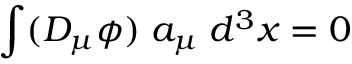
\int ( D _ { \mu } \phi ) \; a _ { \mu } \; d ^ { 3 } x = 0